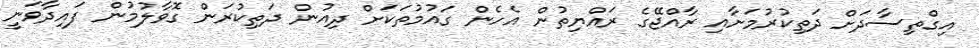
އިގްތިސާދަށް ދަތިކުރުމަށާއި ރާއްޖޭގެ ރައްޔިތުން އެހެން ގައުމުތަކަށް ދިއުން ދަތިކުރަން ގޮވާލުމުން ފައިދާވަނީ